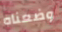
وضعناه